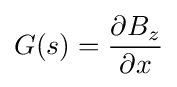
G(s)={\frac {\partial B_{z}}{\partial x}}